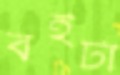
বইটা